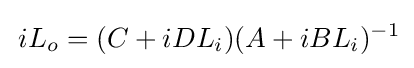
\,iL_{o}=(C+iDL_{i})(A+iBL_{i})^{-1}